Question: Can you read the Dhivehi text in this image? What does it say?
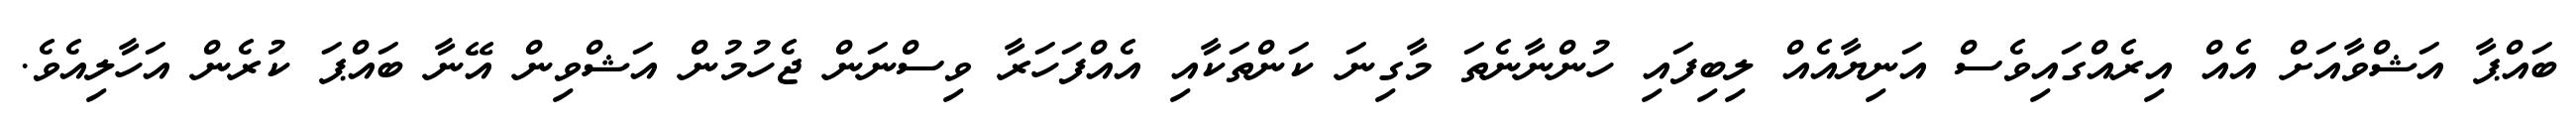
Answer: ބައްޕާ އަޝްވާއަށް އެއް އިރެއްގައިވެސް އަނިޔާއެއް ލިބިފައި ހުންނާނެތަ މާގިނަ ކަންތަކާއި އެއްފަހަރާ ވިސްނަން ޖެހުމުން އަޝްވިން އޭނާ ބައްޕަ ކުރެން އަހާލިއެވެ.